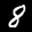
Label: 8